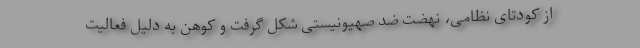
از کودتای نظامی، نهضت ضد صهیونیستی شکل گرفت و کوهن به دلیل فعالیت